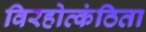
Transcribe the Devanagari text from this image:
विरहोत्कंठिता